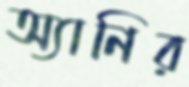
অ্যানির